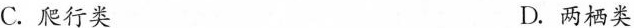
C.爬行类 D.两栖类